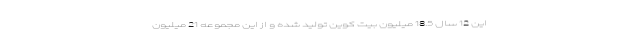
این 12 سال 18.5 میلیون بیت کوین تولید شده و از این مجموعه 21 میلیون